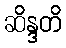
ဆိန္ဒတိ